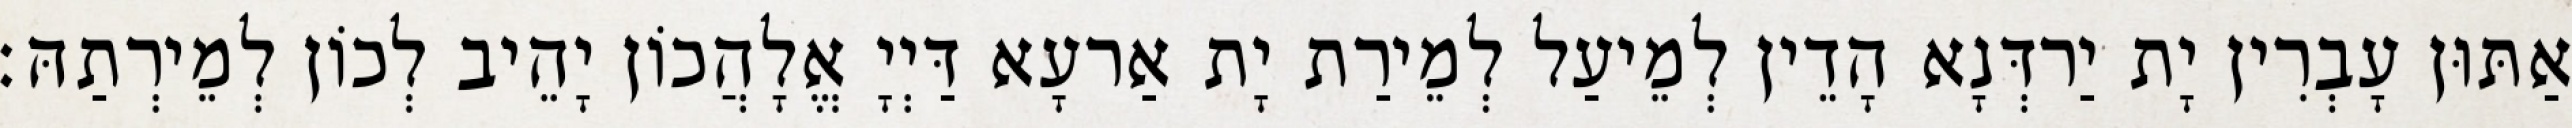
אַתּוּן עָבְרִין יָת יַרדְּנָא הָדֵין לְמֵיעַל לְמֵירַת יָת אַרעָא דַּיְיָ אֱלָהֲכוֹן יָהֵיב לְכוֹן לְמֵירְתַהּ׃